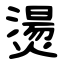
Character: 燙